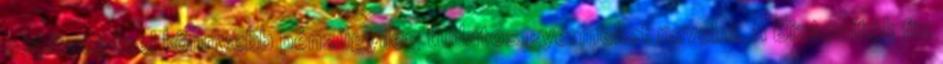
segítségével könnyebb pénzügyileg tudatos gyermeket nevelni. A Biztosítók fix